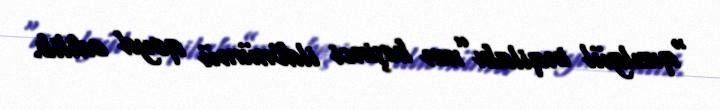
“qızılgül inqilabı”nın beşinci ildönümü qeyd edilib.